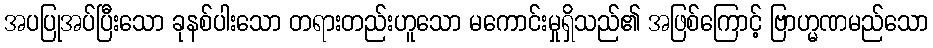
အပပြုအပ်ပြီးသော ခုနစ်ပါးသော တရားတည်းဟူသော မကောင်းမှုရှိသည်၏ အဖြစ်ကြောင့် ဗြာဟ္မဏမည်သော